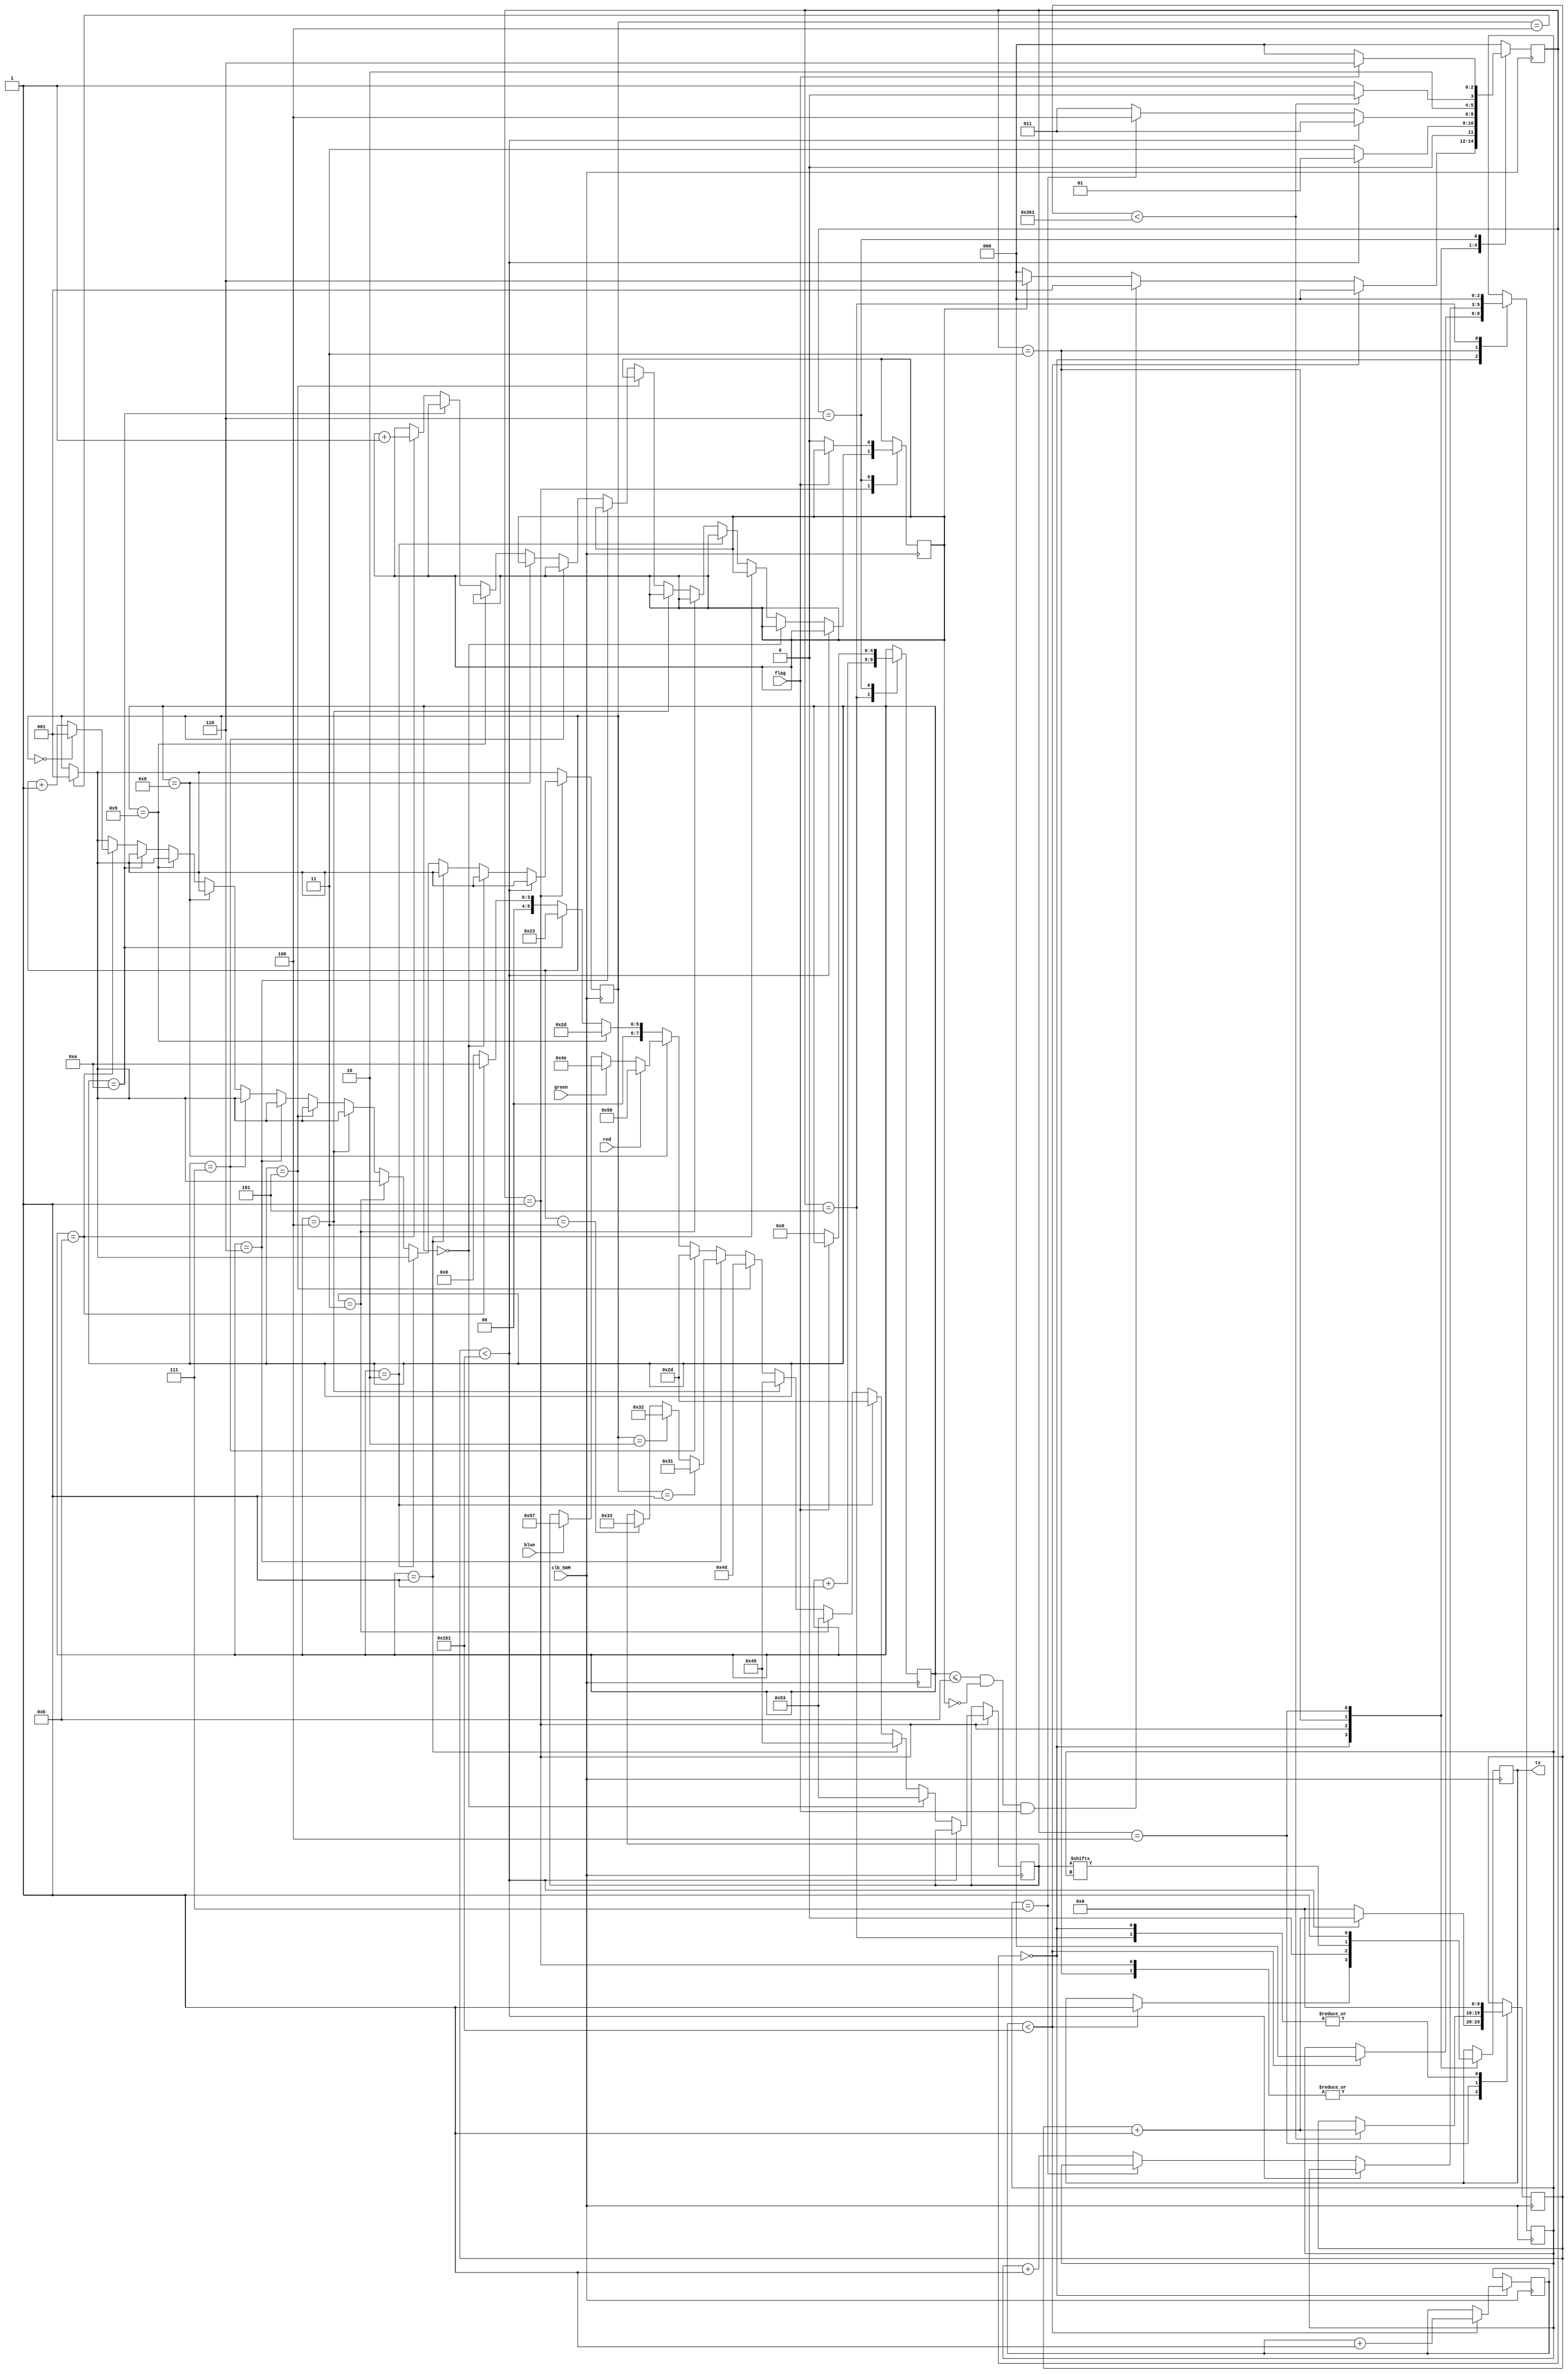
// SM : Task 2 B : UART
/*
Instructions
-------------------
Students are not allowed to make any changes in the Module declaration.
This file is used to design UART Transmitter.

Recommended Quartus Version : 19.1
The submitted project file must be 19.1 compatible as the evaluation will be done on Quartus Prime Lite 19.1.

Warning: The error due to compatibility will not be entertained.
-------------------
*/

//UART Transmitter design
//Input   : clk_50M : 50 MHz clock
//Output  : tx : UART transmit output

//////////////////DO NOT MAKE ANY CHANGES IN MODULE//////////////////
module SM1153_uart(
	input clk_50M,	//50 MHz clock
	output tx,
	input flag,
	input red,
	input green,
	input blue
);
////////////////////////WRITE YOUR CODE FROM HERE////////////////////
parameter IDLE=3'b000;
parameter tx_start_bit=3'b001;
parameter tx_data_bit=3'b011;
parameter tx_stop_bit=3'b100;
parameter cleanup=3'b101;
parameter rest=3'b110;
parameter clks_per_bit=434;
reg [1:0]colour_temp;
//always@(colour)
//colour_temp<=colour;
reg counter=0;
reg [2:0]count_colors=1;
reg[2:0]r_state=IDLE;
reg[9:0]r_clock_count=0;
reg[9:0]r_clock_count1=0;
reg[2:0]r_bit_index=0;
reg[7:0]r_data_bits=0;
reg[4:0]next=5'b000;

reg tx_serial;

always@(posedge clk_50M)
begin
if(count_colors==4)
		count_colors<=1;
case(r_state)
IDLE:
	begin
		
		
		r_clock_count=0;
		if(r_clock_count1<clks_per_bit-1)
		begin
		r_clock_count1<=r_clock_count1+1'b1;
		r_state<=IDLE;
		
		r_bit_index=0;
		tx_serial<=1'b1;
		end
		else if(next<=11 && counter==0 && flag==1)
		begin
		r_state<=tx_start_bit;
		end
		else if(counter==1)begin
		r_state<=rest;
		end
		else 
		r_state<=IDLE;
		end

tx_start_bit:
	begin 
		tx_serial<=0;
		if(r_clock_count<clks_per_bit-1)
		begin
			r_clock_count<=r_clock_count+1'b1;
			r_state<=tx_start_bit;
			end
			else
			begin
			r_clock_count<=0;
			r_state<=tx_data_bit;
			if(next==0)r_data_bits=8'b01010011;
			else if(next==1)r_data_bits=8'b01001001;//1001001
			else if(next==2)r_data_bits=8'b00101101;
			else if(next==3)begin
			r_data_bits=8'b01010011;
//			counter<=counter+1;
			end
			else if(next==4)begin
			r_data_bits=8'b01001001;
//			
			end
			else if(next==5)begin
			r_data_bits=8'b01001101;

			end
			else if(next==6)begin
			////count number of colours
			if(count_colors==1)
			r_data_bits=8'b00110001;
			else if(count_colors==2)
			r_data_bits=8'b00110010;
			else if(count_colors==3)
			r_data_bits=8'b00110011;
			end
			else if(next==7)begin
			r_data_bits=8'b00101101;
			end
			else if(next==8)begin
			/////colours code
			if(red==1)begin
			r_data_bits=8'b01010000;
			end
			else if(green==1)begin
			r_data_bits=8'b01001110;
			end
			else if(blue==1)begin
			r_data_bits=8'b01010111;
			end
			end
			else if(next==9)begin
			r_data_bits=8'b00101101;
			end
			else if(next==10)begin
			r_data_bits=8'b00100011;
			end
			else if(next==11)begin
			r_data_bits=8'b00001010;
			counter<=counter+1;
			count_colors<=count_colors+1;
			if(count_colors==0)
			count_colors<=1;
			
			end
			else r_data_bits=0;
			end
			end
			
tx_data_bit:
	begin
		tx_serial<=r_data_bits[r_bit_index];
		if(r_clock_count<clks_per_bit-1)
		begin
			r_clock_count<=r_clock_count+1'b1;
			r_state<=tx_data_bit;
		end
		else 
		begin
			if(r_bit_index==7)
			begin
				r_clock_count<=0;
				r_state<=tx_stop_bit;
			end
			else
			begin
				r_clock_count<=0;
				r_state<=tx_data_bit;
				r_bit_index<=r_bit_index+1'b1;
			end
			end
			end
tx_stop_bit:
	begin
	tx_serial<=1;
	if(r_clock_count<2*(clks_per_bit)-3)
	begin
		r_clock_count<=r_clock_count+1'b1;
		r_state<=tx_stop_bit;
	end
	else 
	begin
	r_state<=cleanup;
	end
	end

cleanup:
	begin
		r_clock_count<=0;
		r_bit_index<=0;
		r_state<=IDLE;
		next=next+1'b1;
	end
rest:
begin
	if(flag==0)begin
	counter<=0;
	next<=0;
	r_state<=IDLE;
	end
	else r_state<=rest;
end
default:
	begin
		r_state<=IDLE;
		end
endcase


end
		assign tx=tx_serial;
		



////////////////////////YOUR CODE ENDS HERE//////////////////////////
endmodule
///////////////////////////////MODULE ENDS///////////////////////////